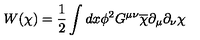
W ( \chi ) = \frac { 1 } { 2 } \int d x \phi ^ { 2 } G ^ { \mu \nu } \overline { { \chi } } \partial _ { \mu } \partial _ { \nu } \chi